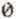
0